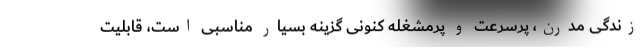
زندگی مدرن، پرسرعت و پرمشغله کنونی گزینه بسیار مناسبی است، قابلیت